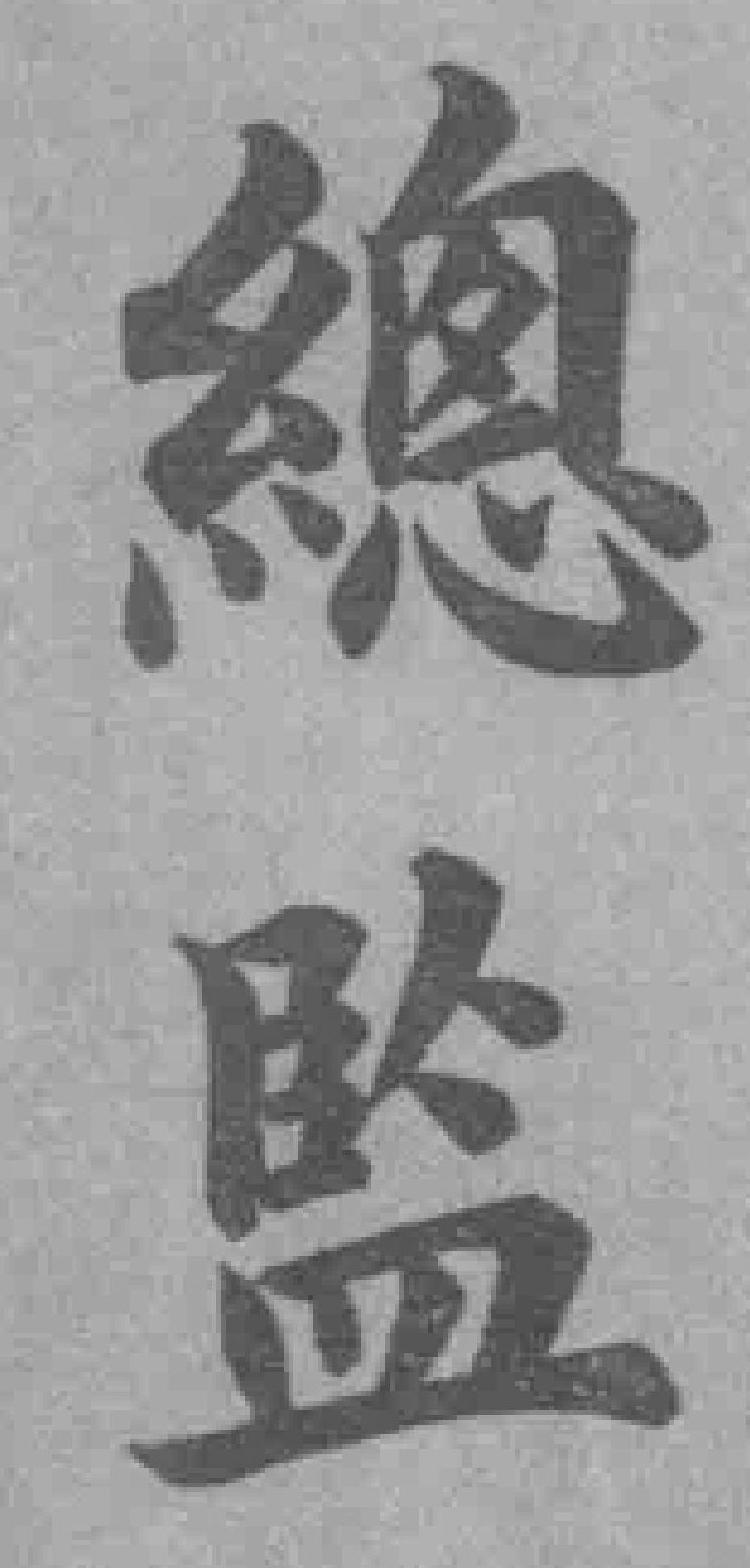
總監